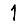
Digit: 1